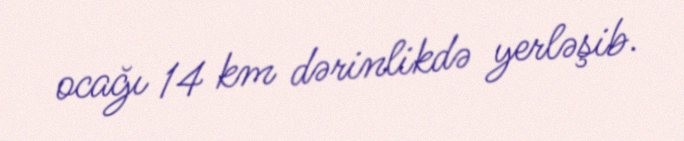
ocağı 14 km dərinlikdə yerləşib.